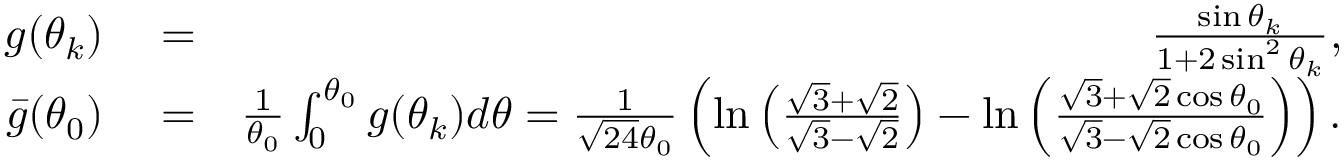
\begin{array} { r l r } { g ( \theta _ { k } ) } & { { } = } & { \frac { \sin \theta _ { k } } { 1 + 2 \sin ^ { 2 } \theta _ { k } } , } \\ { \bar { g } ( \theta _ { 0 } ) } & { { } = } & { \frac { 1 } { \theta _ { 0 } } \int _ { 0 } ^ { \theta _ { 0 } } g ( \theta _ { k } ) d \theta = \frac { 1 } { \sqrt { 2 4 } \theta _ { 0 } } \left( \ln \left( \frac { \sqrt { 3 } + \sqrt { 2 } } { \sqrt { 3 } - \sqrt { 2 } } \right) - \ln \left( \frac { \sqrt { 3 } + \sqrt { 2 } \cos \theta _ { 0 } } { \sqrt { 3 } - \sqrt { 2 } \cos \theta _ { 0 } } \right) \right) . } \end{array}